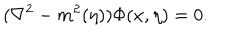
( { \nabla } ^ { 2 } - m ^ { 2 } ( \eta ) ) \Phi ( x , \eta ) = 0 .